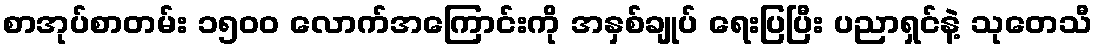
စာအုပ်စာတမ်း ၁၅၀၀ လောက်အကြောင်းကို အနှစ်ချုပ် ရေးပြပြီး ပညာရှင်နဲ့ သုတေသီ